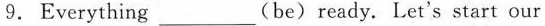
9.Everything ___ (be) ready. Let's start our